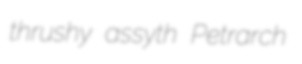
thrushy assyth Petrarch